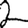
Digit: 2